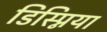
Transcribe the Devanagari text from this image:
डिस्प्निया